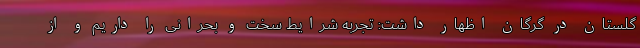
گلستان در گرگان اظهار داشت: تجربه شرایط سخت و بحرانی‌ را داریم و از